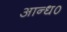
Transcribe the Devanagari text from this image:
आन्ध०